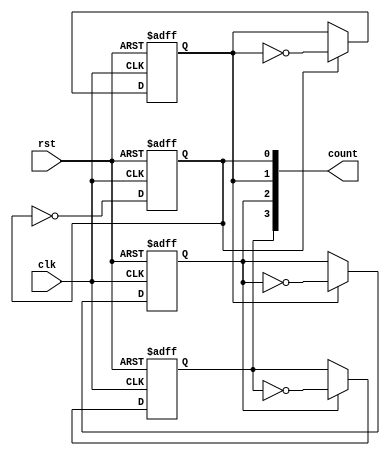
module async_ripple_counter (
    input wire clk,          // Clock input
    input wire rst,          // Asynchronous reset
    output reg [3:0] count   // 4-bit output for the counter (can be adjusted)
);

    // Flip-flops for the counter
    reg TFF0, TFF1, TFF2, TFF3;  // T flip-flops

    always @(posedge clk or posedge rst) begin
        if (rst) begin
            // Reset the counter
            TFF0 <= 1'b0;
            TFF1 <= 1'b0;
            TFF2 <= 1'b0;
            TFF3 <= 1'b0;
        end else begin
            // T Flip-Flop logic
            TFF0 <= ~TFF0;                   // LSB toggles on every clock edge
            TFF1 <= (TFF0 == 1'b1) ? ~TFF1 : TFF1; // Next bit toggles on falling edge of TFF0
            TFF2 <= (TFF1 == 1'b1) ? ~TFF2 : TFF2; // Next bit toggles on falling edge of TFF1
            TFF3 <= (TFF2 == 1'b1) ? ~TFF3 : TFF3; // Next bit toggles on falling edge of TFF2
        end
    end

    // Assign output count to the flip-flops
    always @(*) begin
        count = {TFF3, TFF2, TFF1, TFF0}; // Concatenate the flip-flop outputs
    end

endmodule